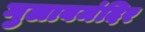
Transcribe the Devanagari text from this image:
गुलाबमंदिर